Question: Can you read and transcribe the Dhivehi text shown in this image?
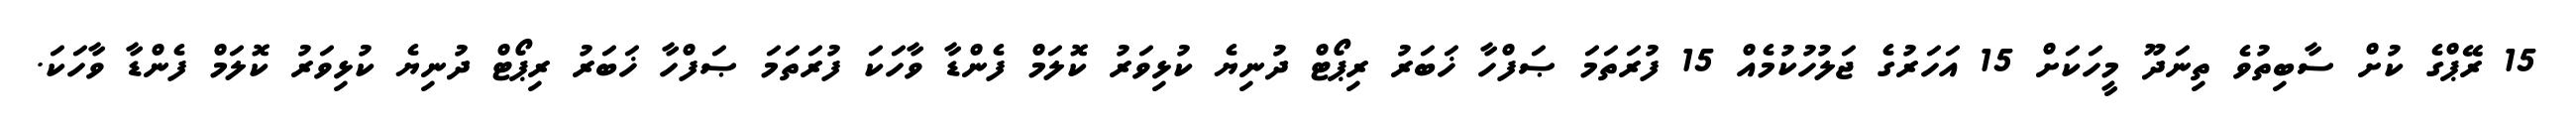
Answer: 15 ރޭޕްގެ ކުށް ސާބިތުވެ ތިނަދޫ މީހަކަށް 15 އަހަރުގެ ޖަލުހުކުމެއް 15 ފުރަތަމަ ޞަފްހާ ޚަބަރު ރިޕޯޓް ދުނިޔެ ކުޅިވަރު ކޮލަމް ފެންޑާ ވާހަކަ ފުރަތަމަ ޞަފްހާ ޚަބަރު ރިޕޯޓް ދުނިޔެ ކުޅިވަރު ކޮލަމް ފެންޑާ ވާހަކަ.